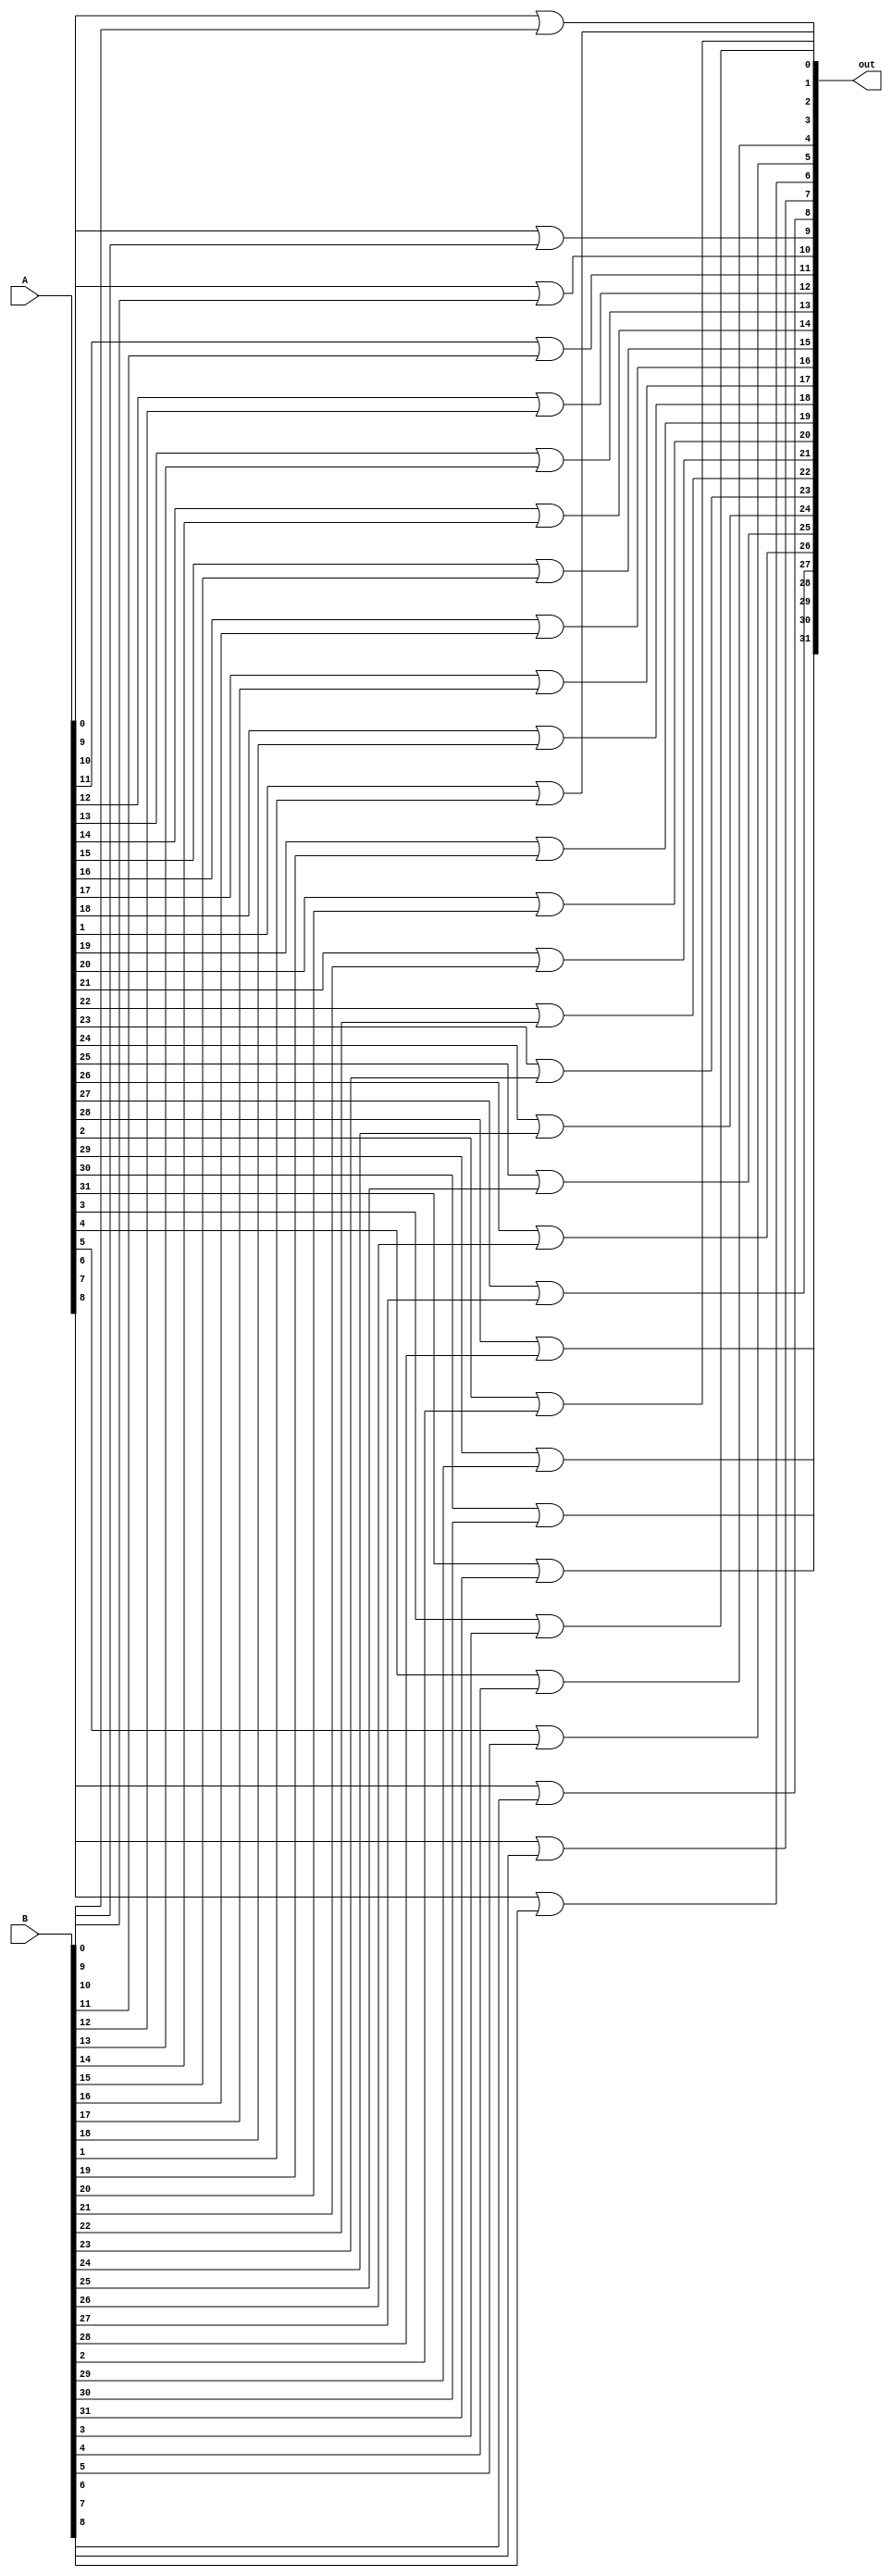
module Or_32
(
    input [31:0] A,
    input [31:0] B,
    output [31:0] out
);
    genvar c;
    generate
        for(c=0; c<32; c = c+1)begin
            or or1(out[c], A[c], B[c]);
        end
    endgenerate
endmodule